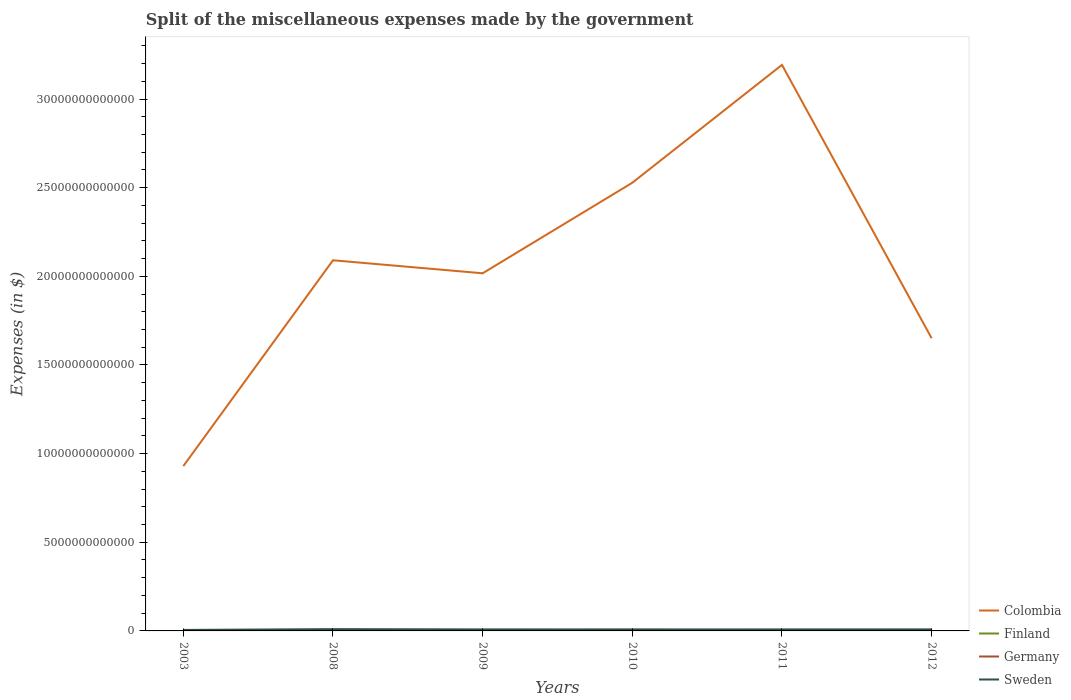
| Years | Colombia | Finland | Germany | Sweden |
 | --- | --- | --- | --- | --- |
 | 2003 | 9.3e+12 | 3.7e+09 | 2.79e+10 | 5.66e+10 |
 | 2008 | 2.09e+13 | 4.78e+09 | 3.09e+10 | 1.02e+11 |
 | 2009 | 2.02e+13 | 5.07e+09 | 3.68e+10 | 8.61e+10 |
 | 2010 | 2.53e+13 | 5.12e+09 | 6.21e+10 | 8.43e+10 |
 | 2011 | 3.19e+13 | 5.28e+09 | 2.88e+10 | 8.53e+10 |
 | 2012 | 1.65e+13 | 5.35e+09 | 2.88e+10 | 8.78e+10 |